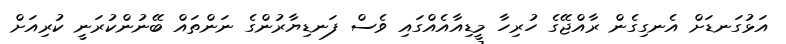
އަޅުގަނޑަށް އެނގިގެން ރާއްޖޭގެ ހުރިހާ މީޑިއާއެއްގައި ވެސް ފަނޑިޔާރުންގެ ނަންތައް ބޭނުންކުރަނީ ކުރިއަށް